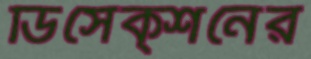
ডিসেক্শনের